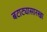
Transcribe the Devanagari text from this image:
बटाट्यासारखा